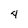
Character: 4